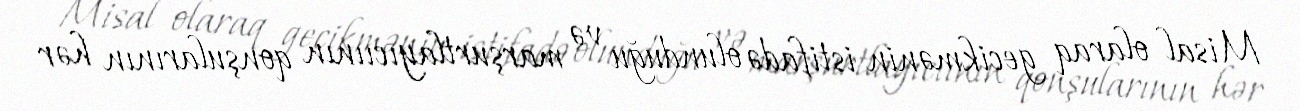
Misal olaraq gecikmənin istifadə olunduğu və marşurtlayıcıının qonşularının hər